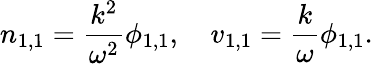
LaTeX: n_{1,1}=\frac{k^{2}}{\omega^{2}}\phi_{1,1},\quad v_{1,1}=\frac{k}{\omega}\phi_{1,1}.